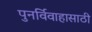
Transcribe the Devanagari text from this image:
पुनर्विवाहासाठी